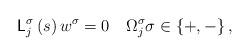
LaTeX: \begin{align*}\mathsf{L}_{j}^{\sigma}\left( s\right) w^{\sigma}=0\quad\Omega_{j}^{\sigma}\sigma\in\left\{ +,-\right\} , \end{align*}